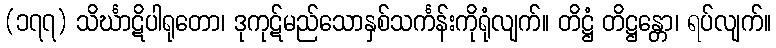
(၁၇၇) သိင်္ဃာဋိပါရုတော၊ ဒုကုဋ်မည်သောနှစ်သင်္ကန်းကိုရုံလျက်။ တိဋ္ဌံ တိဋ္ဌန္တော၊ ရပ်လျက်။